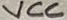
Text: VCC